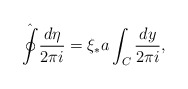
\begin{align*}\hat{\oint}\frac{d\eta}{2\pi i}=\xi_{*}a\int_{C}\frac{dy}{2\pi i}, \end{align*}